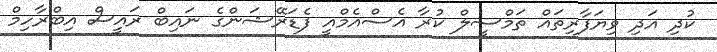
ކުދި އަދި ވިޔަފާރިތައް ތަމްސީލް ކުރާ އެސްއެމްއީ ފެޑަރޭޝަންގެ ނައިބް ރައީސް އިބްރާހިމް